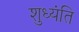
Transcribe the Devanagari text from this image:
शुध्यंति